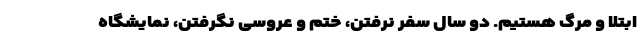
ابتلا و مرگ هستیم. دو سال سفر نرفتن، ختم و عروسی نگرفتن، نمایشگاه